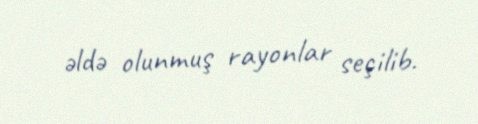
əldə olunmuş rayonlar seçilib.